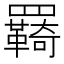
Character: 羇